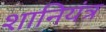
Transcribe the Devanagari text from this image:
शानियंत्र